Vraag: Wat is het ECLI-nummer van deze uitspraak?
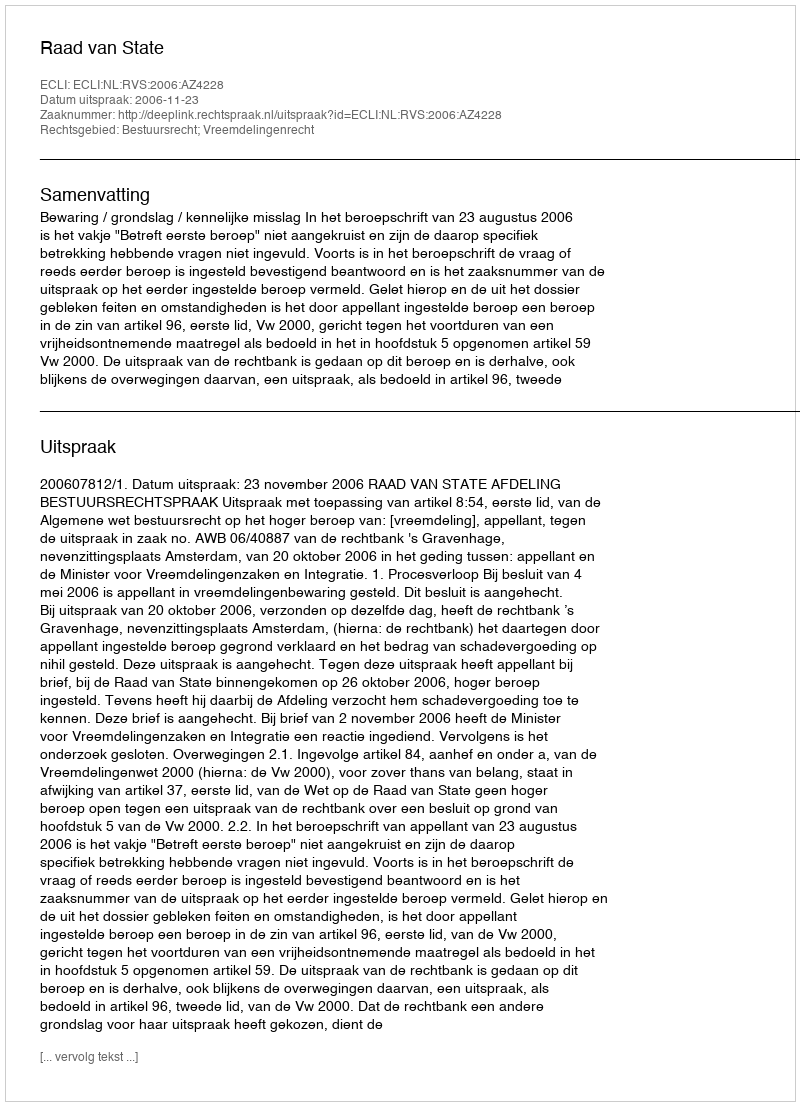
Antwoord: ECLI:NL:RVS:2006:AZ4228